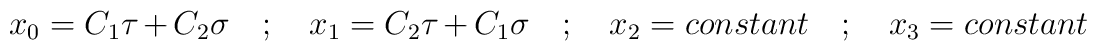
x_{0} = C_{1}\tau + C_{2}\sigma \quad ; \quad x_{1} = C_{2} \tau+ C_{1}\sigma \quad ; \quad x_{2} = constant \quad ; \quad x_{3}= constant